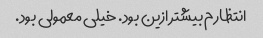
انتظارم بیشتر ازین بود. خیلی معمولی بود.